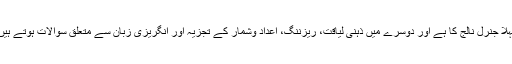
پہلا جنرل نالج کا ہے اور دوسرے میں ذہنی لیاقت، ریزننگ، اعداد وشمار کے تجزیہ اور انگریزی زبان سے متعلق سوالات ہوتے ہیں۔